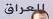
للعراق